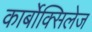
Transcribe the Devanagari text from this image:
कार्बोक्सिलेज